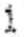
1